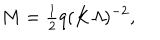
M = { \textstyle \frac { 1 } { 2 } } q ( K { \mit \Lambda } ) ^ { - 2 } ,